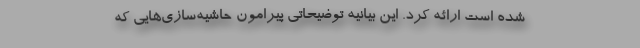
شده است ارائه کرد. این بیانیه توضیحاتی پیرامون حاشیه‌سازی‌هایی که